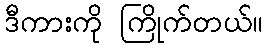
ဒီကားကို ကြိုက်တယ်။